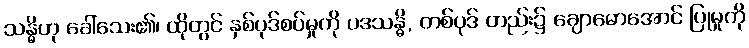
သန္ဓိဟု ခေါ်သေး၏၊ ထိုတွင် နှစ်ပုဒ်စပ်မှုကို ပဒသန္ဓိ, တစ်ပုဒ် တည်း၌ ချောမောအောင် ပြုမှုကို